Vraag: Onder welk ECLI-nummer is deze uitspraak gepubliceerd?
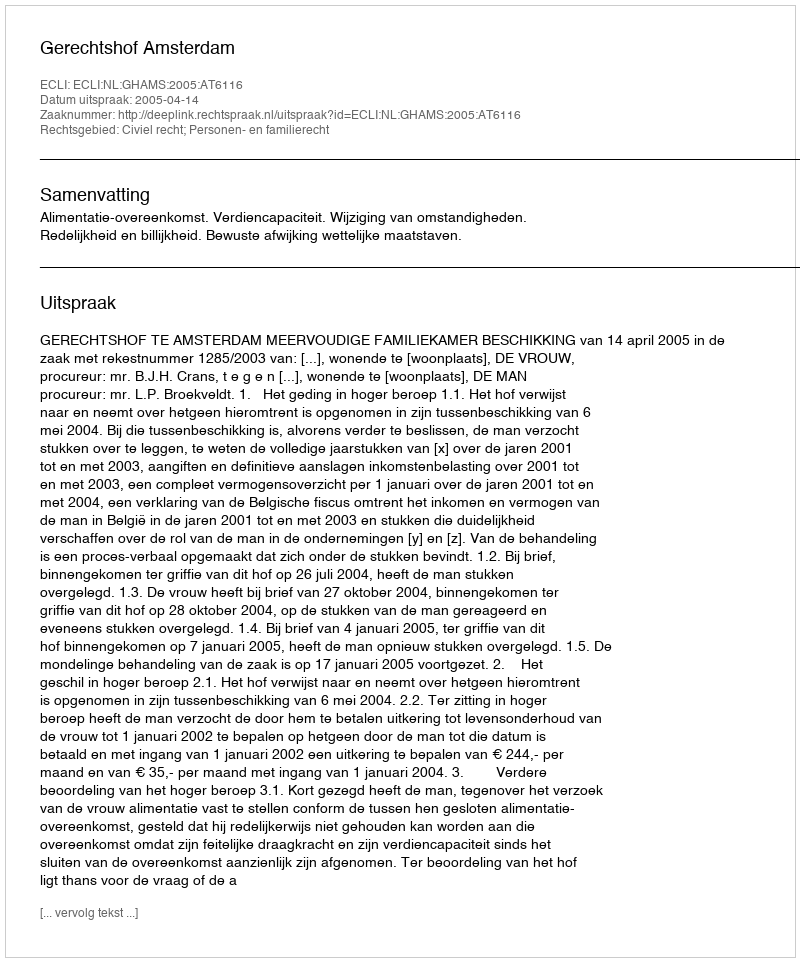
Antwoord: ECLI:NL:GHAMS:2005:AT6116